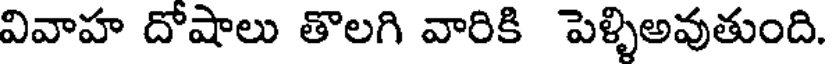
వివాహ దోషాలు తొలగి వారికి పెళ్ళిఅవుతుంది.